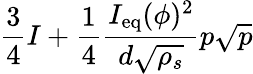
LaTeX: \displaystyle\frac{3}{4}I+\frac{1}{4}\frac{I_{\mathrm{eq}}(\phi)^{2}}{d\sqrt{\rho_{s}}}p\sqrt{p}